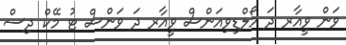
ވަން ވީއާރ ދަ މޯލްޑިވިއަންސް ވީއާރ ދަ ވަންސް ޓު މޭކް ދިސް